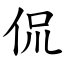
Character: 侃